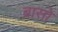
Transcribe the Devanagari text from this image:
ब्रासो